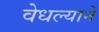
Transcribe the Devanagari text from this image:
वेधल्याने